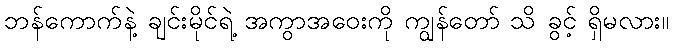
ဘန်ကောက်နဲ့ ချင်းမိုင်ရဲ့ အကွာအဝေးကို ကျွန်တော် သိ ခွင့် ရှိမလား။